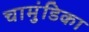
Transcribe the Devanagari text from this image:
चामुंडिका